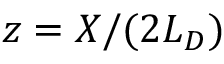
z = X / ( 2 L _ { D } )